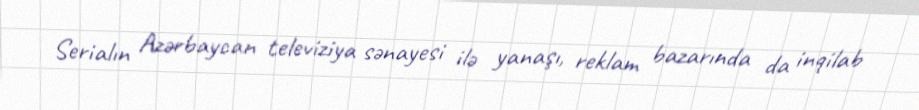
Serialın Azərbaycan televiziya sənayesi ilə yanaşı, reklam bazarında da inqilab